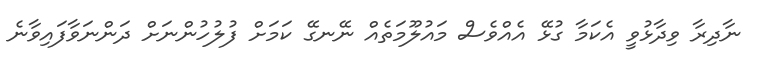
ނާދިރާ ވިދާޅުވީ އެކަމާ ގުޅޭ އެއްވެސް މައުލޫމަތެއް ނޭނގޭ ކަމަށް ފުލުހުންނަށް ދަންނަވާފައިވާނެ